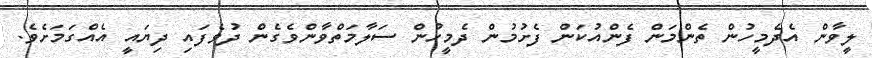
ލީވާން އެދެމީހުން ތެންމަން ފެންއުކަން ފެށުމުން ދެމީހުން ސަލާމަތްވާންވެގެން ދުވެފައި ދިޔައީ އެއްގަމަށެވެ.